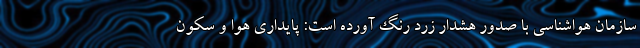
سازمان هواشناسی با صدور هشدار زرد رنگ آورده است: پایداری هوا و سکون